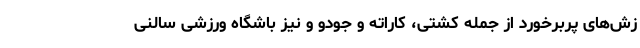
زش‌های پربرخورد از جمله کشتی، کاراته و جودو و نیز باشگاه ورزشی سالنی